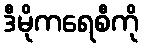
ဒီမိုကရေစီကို